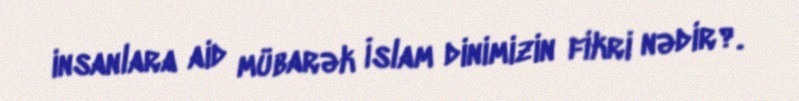
insanlara aid mübarək İslam dinimizin fikri nədir?.